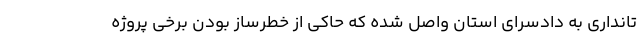
تانداری به دادسرای استان واصل شده که حاکی از خطرساز بودن برخی پروژه